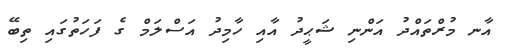
އާނ މުރްތައްދު އަންނި ޝަޙީދު އާއި ހާމިދު އަސްލަމް ގެ ފަހަތުގައި ތިބޭ